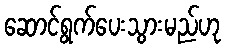
ဆောင်ရွက်ပေးသွားမည်ဟု